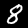
Digit: 8